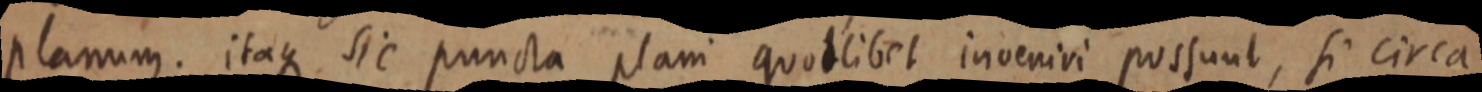
planum. itaque sic puncta plani quodlibet inveniri possunt, si circa